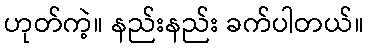
ဟုတ်ကဲ့။ နည်းနည်း ခက်ပါတယ်။